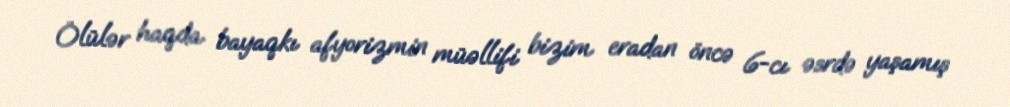
Ölülər haqda bayaqkı afyorizmin müəllifi bizim eradan öncə 6-cı əsrdə yaşamış